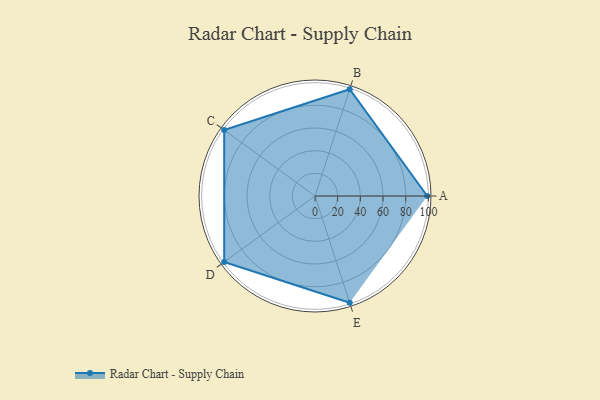
{"axis": {"x": "Skill", "y": "Score"}, "legend": ["Profile"], "data": [{"x": "A", "y": 99, "type": "Profile"}, {"x": "B", "y": 99, "type": "Profile"}, {"x": "C", "y": 99, "type": "Profile"}, {"x": "D", "y": 99, "type": "Profile"}, {"x": "E", "y": 99, "type": "Profile"}]}